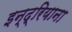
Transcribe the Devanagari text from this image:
इन्द्रियाना